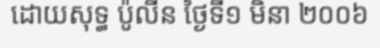
ដោយសុទ្ធ ប៉ូលីន ថ្ងៃទី១ មិនា ២០០៦